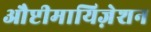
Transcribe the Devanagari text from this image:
औप्टीमायिज़ेशन